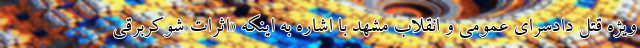
ویژه قتل دادسرای عمومی و انقلاب مشهد با اشاره به اینکه «اثرات شوکربرقی